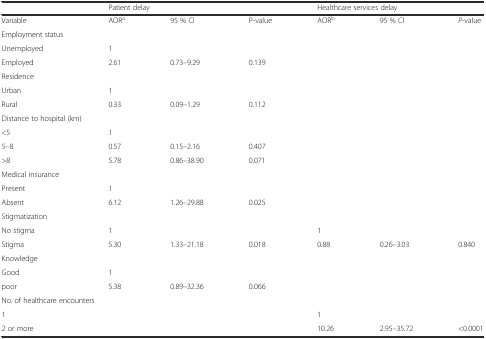
<table><thead><tr><td></td><td colspan="3"><b>Patient delay</b></td><td colspan="3"><b>Healthcare services delay</b></td></tr></thead><tbody><tr><td>Variable</td><td>AOR<sup>a</sup></td><td>95 % CI</td><td>P-value</td><td>AOR<sup>b</sup></td><td>95 % CI</td><td><i>P</i>-value</td></tr><tr><td>Employment status</td><td></td><td></td><td></td><td></td><td></td><td></td></tr><tr><td>Unemployed</td><td>1</td><td></td><td></td><td></td><td></td><td></td></tr><tr><td>Employed</td><td>2.61</td><td>0.73–9.29</td><td>0.139</td><td></td><td></td><td></td></tr><tr><td>Residence</td><td></td><td></td><td></td><td></td><td></td><td></td></tr><tr><td>Urban</td><td>1</td><td></td><td></td><td></td><td></td><td></td></tr><tr><td>Rural</td><td>0.33</td><td>0.09–1.29</td><td>0.112</td><td></td><td></td><td></td></tr><tr><td colspan="2">Distance to hospital (km)</td><td></td><td></td><td></td><td></td><td></td></tr><tr><td>&lt;5</td><td>1</td><td></td><td></td><td></td><td></td><td></td></tr><tr><td>5–8</td><td>0.57</td><td>0.15–2.16</td><td>0.407</td><td></td><td></td><td></td></tr><tr><td>&gt;8</td><td>5.78</td><td>0.86–38.90</td><td>0.071</td><td></td><td></td><td></td></tr><tr><td>Medical insurance</td><td></td><td></td><td></td><td></td><td></td><td></td></tr><tr><td>Present</td><td>1</td><td></td><td></td><td></td><td></td><td></td></tr><tr><td>Absent</td><td>6.12</td><td>1.26–29.88</td><td>0.025</td><td></td><td></td><td></td></tr><tr><td>Stigmatization</td><td></td><td></td><td></td><td></td><td></td><td></td></tr><tr><td>No stigma</td><td>1</td><td></td><td></td><td>1</td><td></td><td></td></tr><tr><td>Stigma</td><td>5.30</td><td>1.33–21.18</td><td>0.018</td><td>0.88</td><td>0.26–3.03</td><td>0.840</td></tr><tr><td>Knowledge</td><td></td><td></td><td></td><td></td><td></td><td></td></tr><tr><td>Good</td><td>1</td><td></td><td></td><td></td><td></td><td></td></tr><tr><td>poor</td><td>5.38</td><td>0.89–32.36</td><td>0.066</td><td></td><td></td><td></td></tr><tr><td colspan="3">No. of healthcare encounters</td><td></td><td></td><td></td><td></td></tr><tr><td>1</td><td></td><td></td><td></td><td>1</td><td></td><td></td></tr><tr><td>2 or more</td><td></td><td></td><td></td><td>10.26</td><td>2.95–35.72</td><td>&lt;0.0001</td></tr></tbody></table>